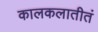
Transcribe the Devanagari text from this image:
कालकलातीतं